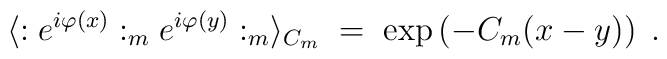
\langle : e^{i\varphi(x)} :_m e^{i\varphi(y)} :_m \rangle_{C_m} \; = \;\exp \left( - C_m(x-y) \right) \; .